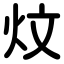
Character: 炆